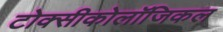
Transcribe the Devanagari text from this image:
टोक्सीकोलॉजिकल